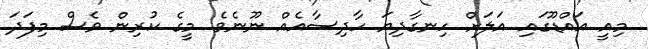
މިއީ އައްޑޫގައި އަލަށް ހިނގާދިޔަ ހާދިސާއެއް ނޫނެވެ. މީގެ ކުރިން ވެސް މިފަދަ